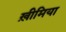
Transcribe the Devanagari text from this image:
ख़ीमिया